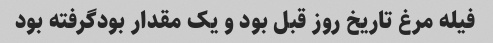
فیله مرغ تاریخ روز قبل بود و یک مقدار بودگرفته بود